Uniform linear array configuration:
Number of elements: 12
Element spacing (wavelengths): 0.75
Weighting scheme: exponential
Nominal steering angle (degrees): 30
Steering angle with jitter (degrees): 28.002
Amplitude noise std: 0.05
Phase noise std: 0.05

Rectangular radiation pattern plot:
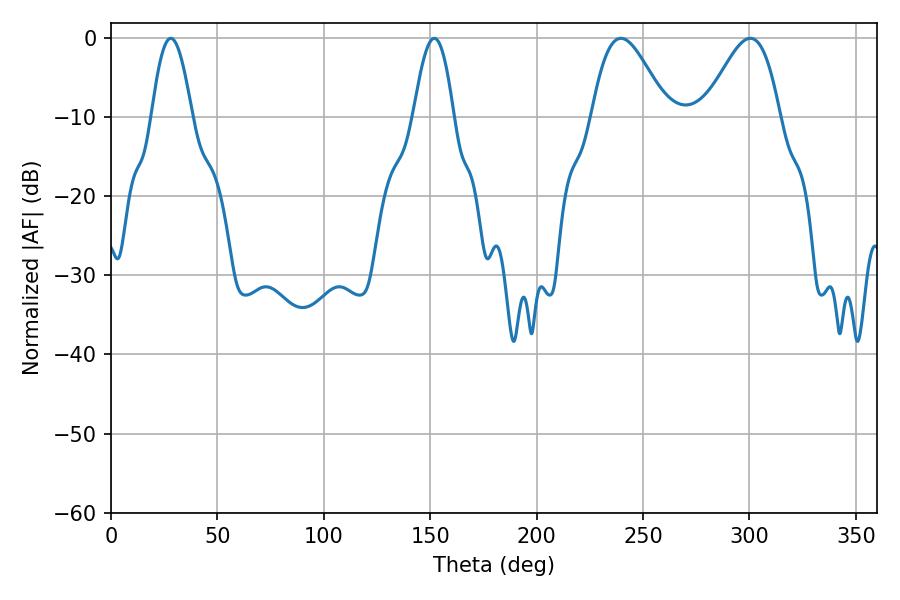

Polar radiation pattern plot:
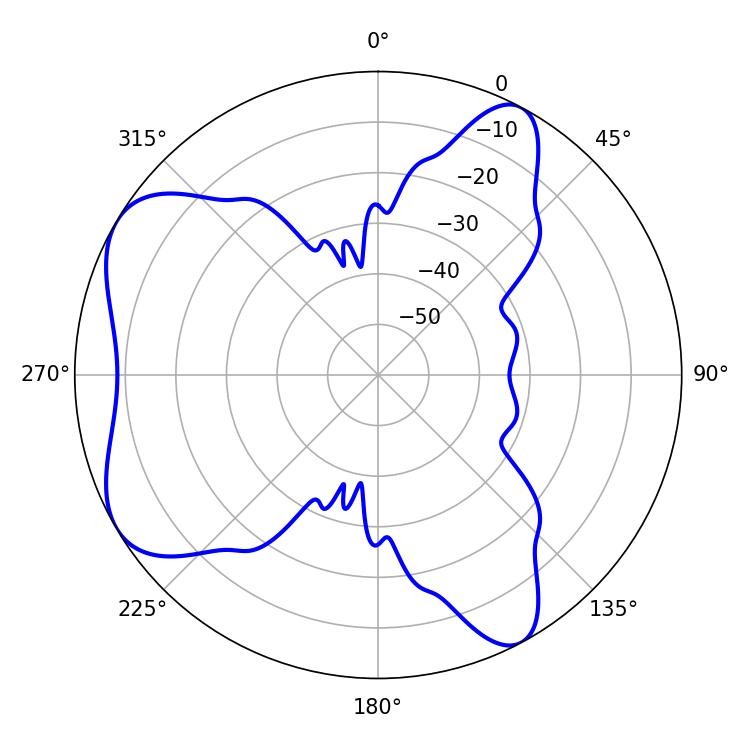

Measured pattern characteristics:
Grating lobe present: TRUE
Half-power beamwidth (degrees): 10.26
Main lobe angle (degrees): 28.08